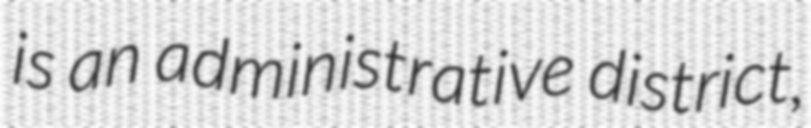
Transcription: is an administrative district,